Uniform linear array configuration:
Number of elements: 16
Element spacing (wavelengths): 0.25
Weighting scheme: blackman
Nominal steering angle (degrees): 45
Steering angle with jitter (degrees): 44.164
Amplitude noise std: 0.05
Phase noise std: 0.05

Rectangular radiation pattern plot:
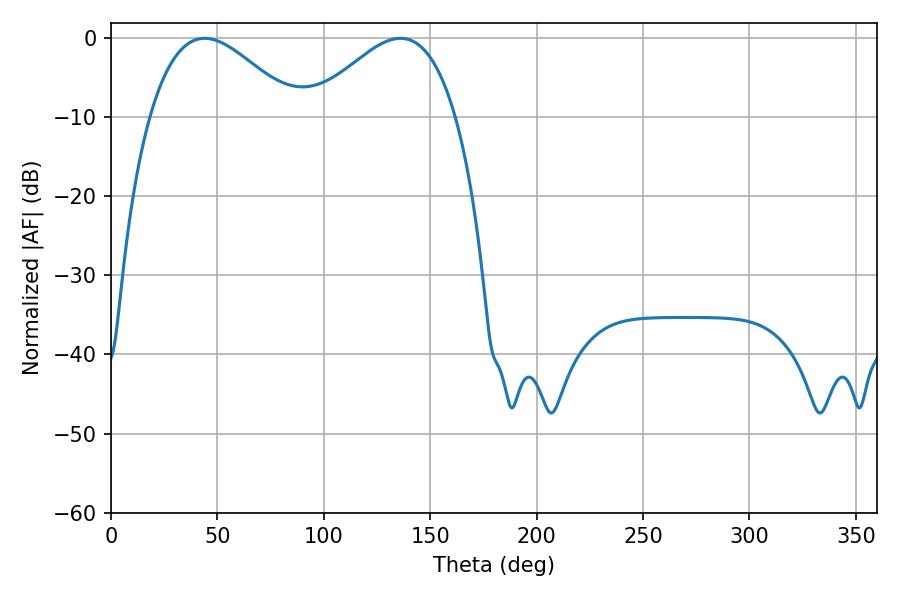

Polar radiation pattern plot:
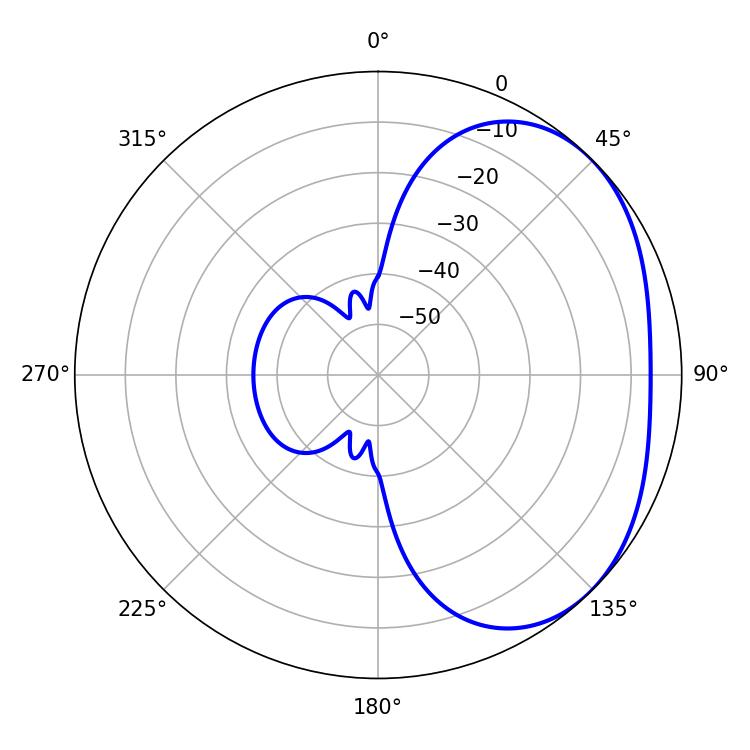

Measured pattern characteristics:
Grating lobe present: FALSE
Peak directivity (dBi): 2.797
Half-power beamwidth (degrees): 36.9
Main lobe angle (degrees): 43.92